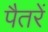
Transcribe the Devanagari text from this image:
पैतरें